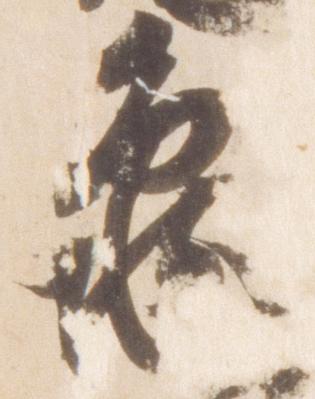
亀